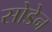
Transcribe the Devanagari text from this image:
सोडेन